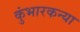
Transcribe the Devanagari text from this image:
कुंभारकन्या